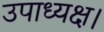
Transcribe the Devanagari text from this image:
उपाध्यक्ष।